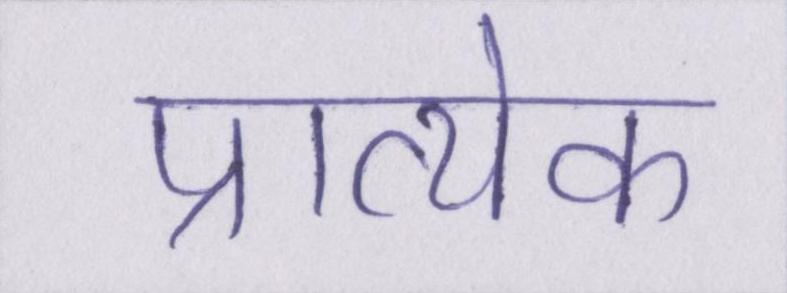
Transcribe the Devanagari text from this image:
प्रात्येक